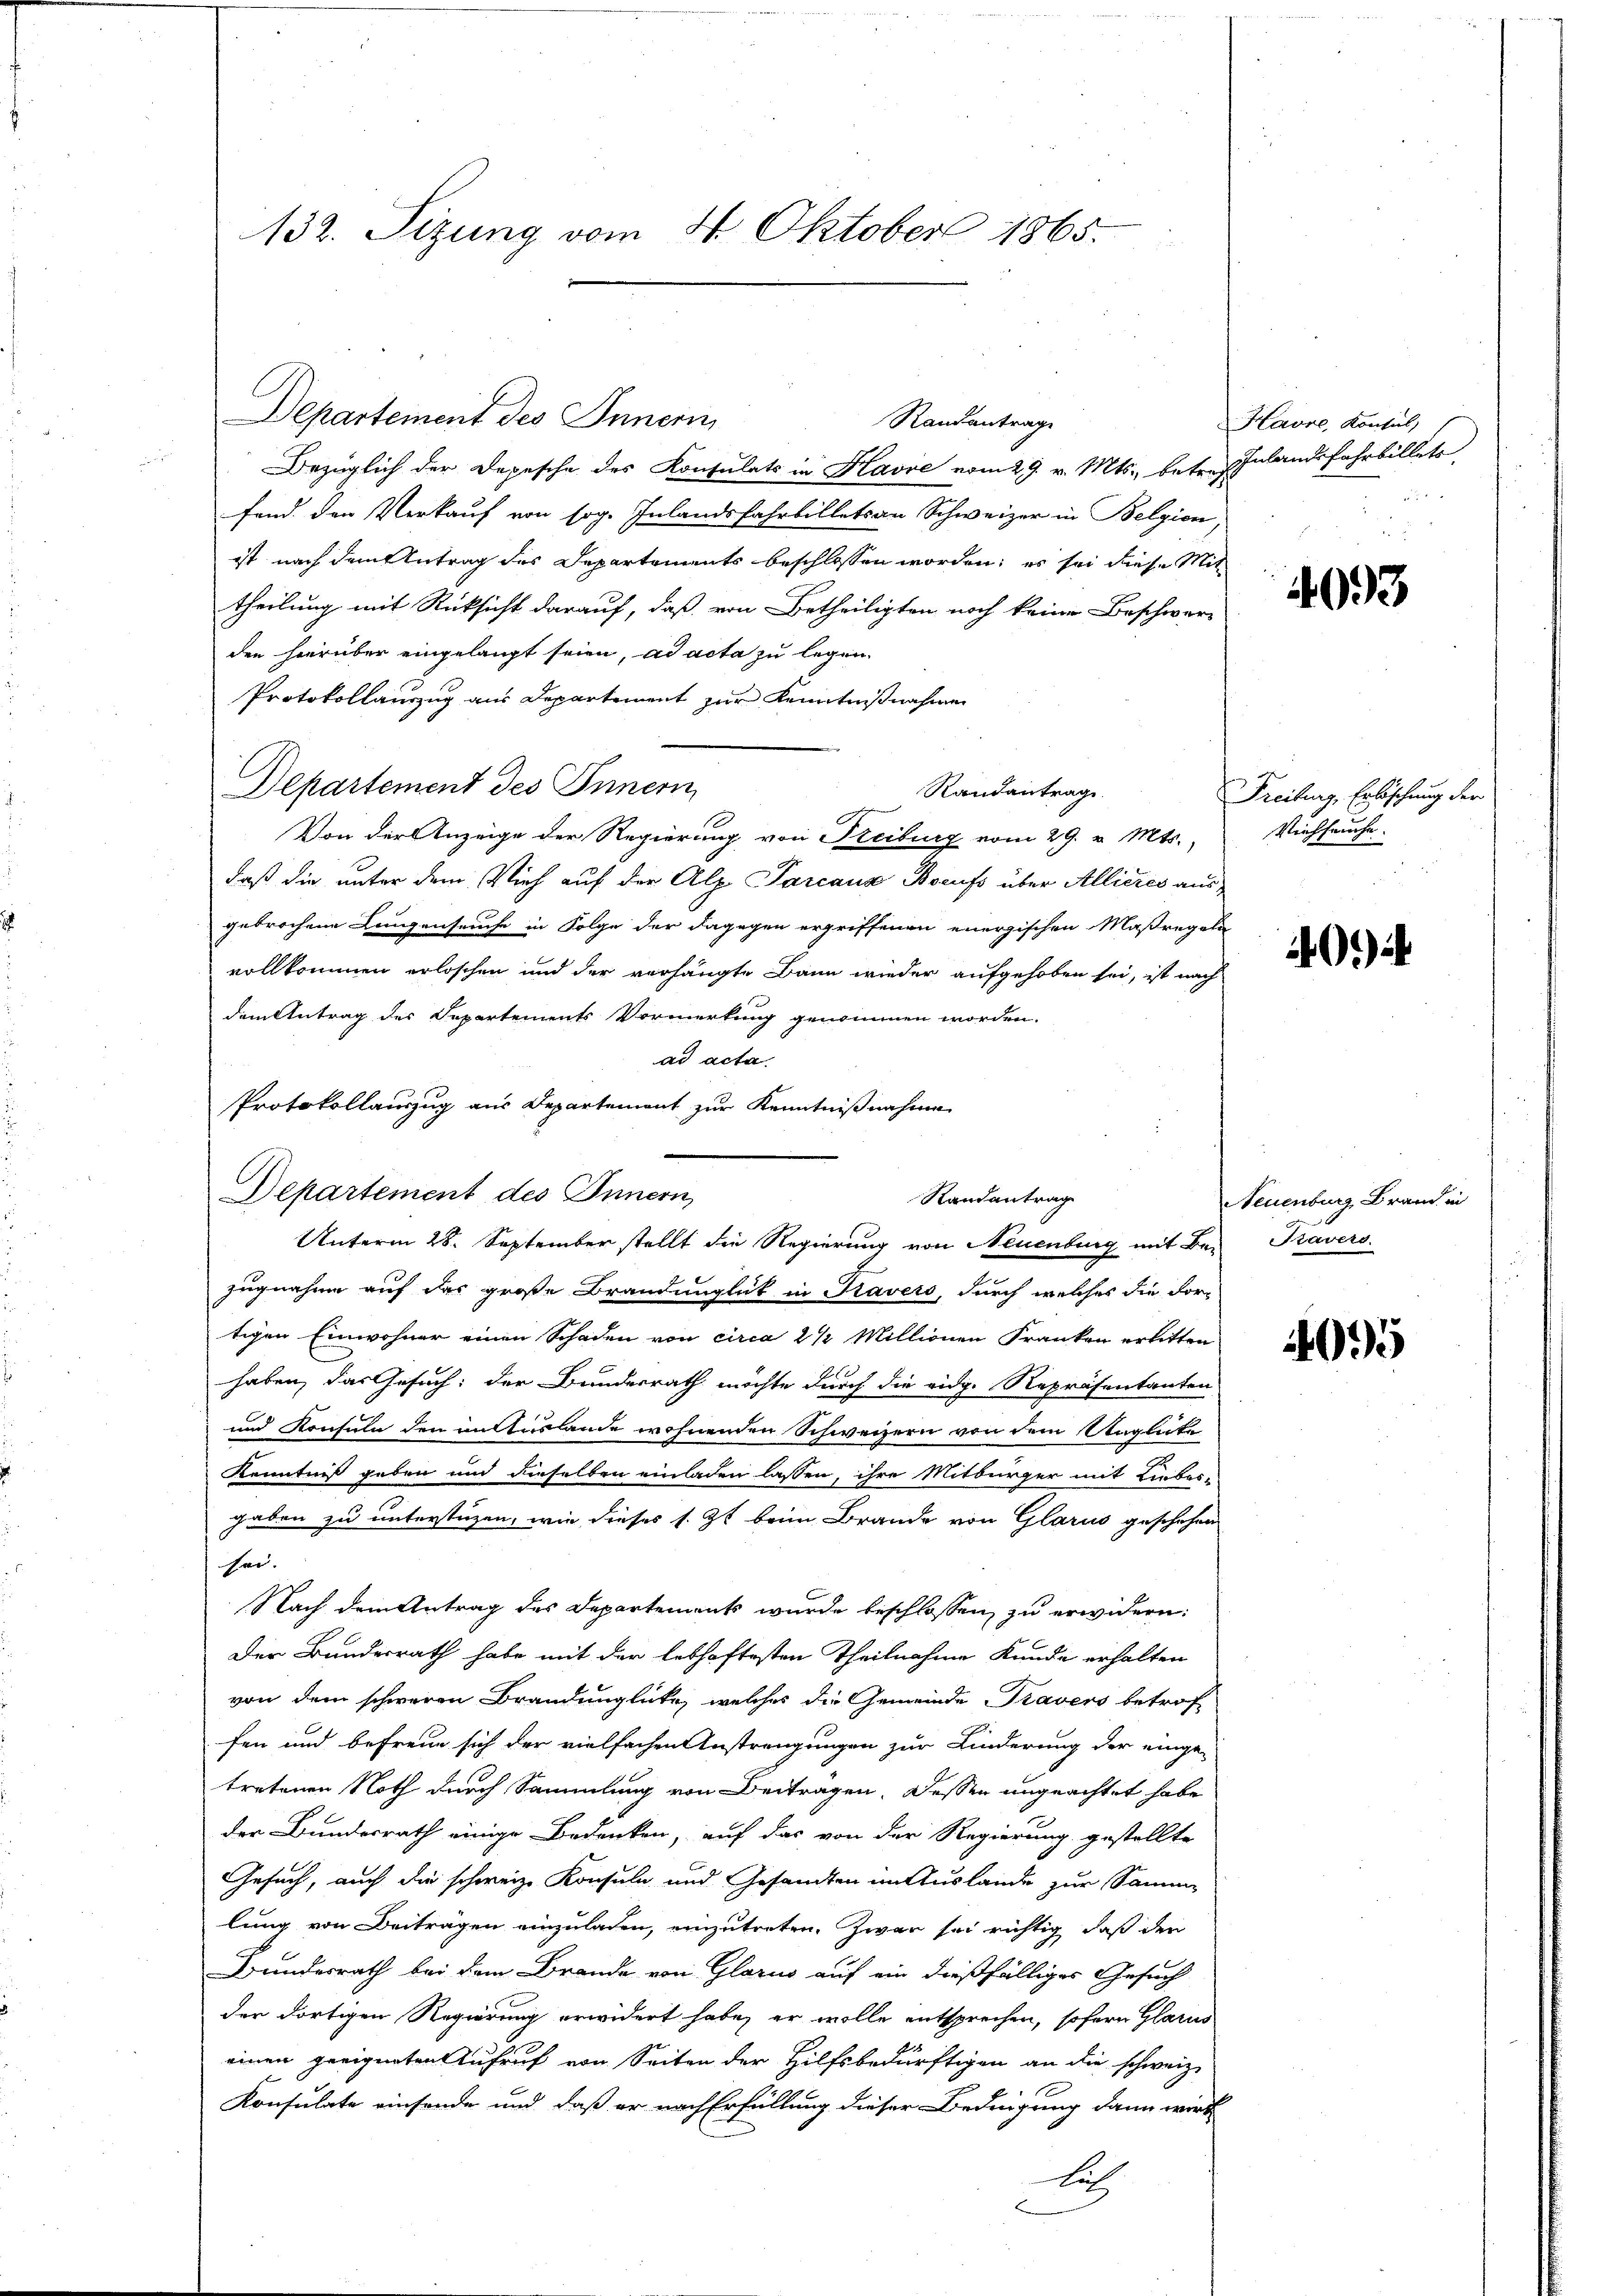
132. Sizung vom 4. Oktober 1865.

Departement des Innern
Randantrage
Bezüglich der Depesche des Konsulats in Havre vom 29. v. Mts., betref Inlandsfahrbillete
fend den Verkauf von sog. Inlandsfahrbillets an Schweizer in Belgien
ist nach dem Antrag des Departements beschlossen worden; es sei diese Mit
theilung mit Rücksicht darauf, daß von Betheiligten noch keine Beschwer-
den hierüber eingelangt seien, ad acta zu legen.
Protokollauszug aus Departement zur Kenntnißnahmen
Departement des Innern
Randantrage.
Von der Anzeige der Regierung von Freiburg vom 29. v. Mts. Weichlauche
daß die unter dem Vieh auf der Alp. Parcauz Berufs über Allieres ausgebrochene Langenseuche in Folge der dagegen ergriffenen energischen Maßregeln
vollkommen erloschen und der verhängte Bann wieder aufgehoben sei, ist nach
dem Antrag des Departements Vormerkung genommen worden.
ad acta.
Protokollauszug aus Departement zur Kenntnißnahme
Departement des Innern,
zugnahme auf das große Brandunglück in Kavers, durch welches die For-
tigen Einwohner einen Schaden von circa 2 1/2 Millionen Franken erlitten
haben, das Gesuch: der Bundesrath möchte durch die eidg. Repräsentanten
und Konsuln den in Auslande wohnenden Schweizern von dem Unglücke
Kenntniß geben und dieselben einladen lassen, ihre Mitbürger mit Lieber-
gaben zu unterstützen, wie dieses s. Zt. beim Brande von Glarus geschehen
sei.
Nach dem Antrag des Departement wurde beschlossen zu erwidern:
Der Bundesrath habe mit der lebhaftesten Theilnahme Kunde erhalten
von dem schweren Brandunglücke, welches die Gemeinde Travers betrof
fen und befreue sich der vielfachen Anstrengungen zur Linderung der einge-
tretenen Noth durch Sammlung von Beiträgen. Dessen ungeachtet habe
der Bundesrath einige Bedenken, auf das von der Regierung gestellte
Gesuch, auch die schweiz. Konsuln und Gesandten im Auslande zur Samm-
lung von Beiträgen einzuladen, einzutreten. Zwar sei richtig, daß den
Bundesrath bei dem Brande von Glarus auf ein dießfälliges Gesuch
der dortigen Regierung erwidert habe, er wolle entsprechen, sofern Glarus
einen geeigneten Aufruf von Seiten der Hilfsbedürftigen an die schweiz.
1
Konsulate einsende und daß er nach Erfüllung dieser Bedingung dann wirk
lu

Randantrag
Unterm 28. September stellt die Regierung von Neuenburg mit Be- Kavers

Havre, Konsul,

4093

Freiburg, Erbschung der

40

Neuenburg Brand in

4095